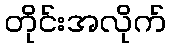
တိုင်းအလိုက်